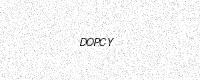
Text: DOPCY